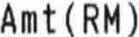
AMT(RM)